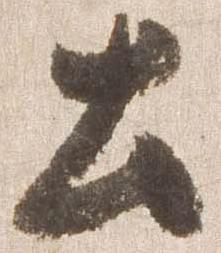
土